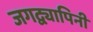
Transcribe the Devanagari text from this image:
जगद्व्यापिनीं